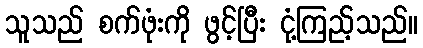
သူသည် စက်ဖုံးကို ဖွင့်ပြီး ငုံ့ကြည့်သည်။